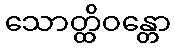
သောတ္ထိဝန္တော